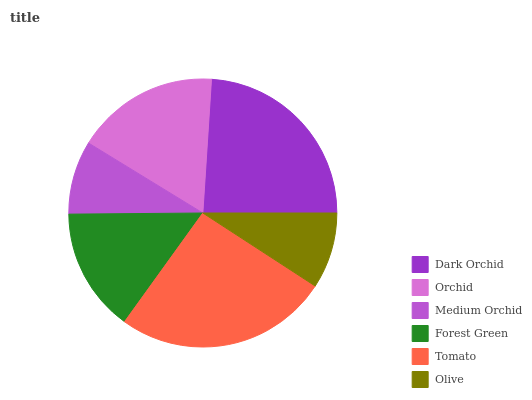
| Dark Orchid | Orchid | Medium Orchid | Forest Green | Tomato | Olive |
 | --- | --- | --- | --- | --- | --- |
 | 24% | 17.3% | 8.87% | 14.9% | 25.7% | 9.15% |